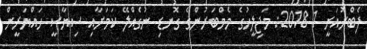
ފެބްރުއަރީ 1 2018: މަޖިލީހުގެ މެމްބަރުންގެ ގޮނޑި ނުގެއްލޭ ކަމަށާއި ސިޔާސީ ހައްޔަރީން